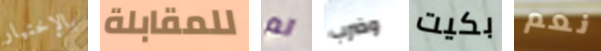
بالإختيار للمقابلة لم وضرب بكيت نعم